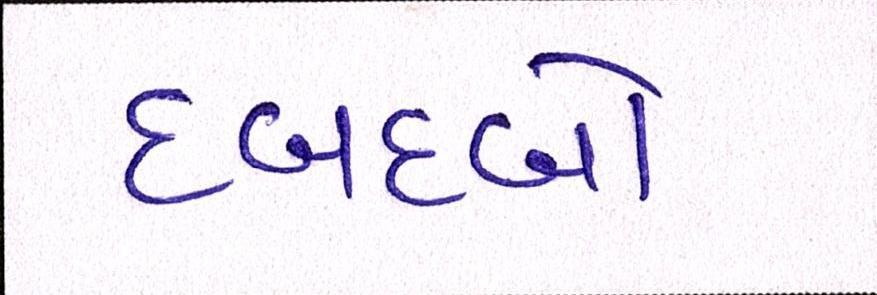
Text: દબદબો